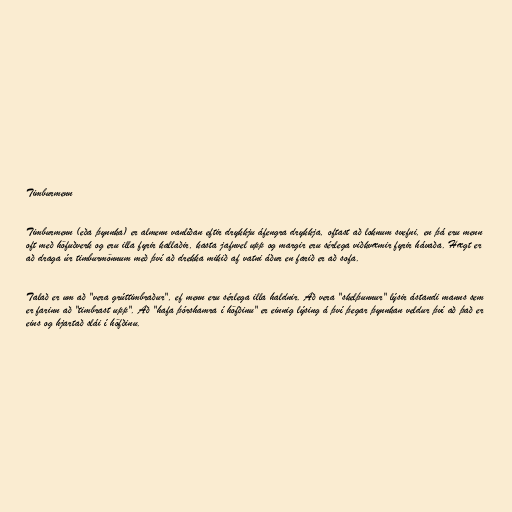
Timburmenn

Timburmenn (eða þynnka) er almenn vanlíðan eftir drykkju áfengra drykkja, oftast að loknum svefni, en þá eru menn
oft með höfuðverk og eru illa fyrir kallaðir, kasta jafnvel upp og margir eru sérlega viðkvæmir fyrir hávaða. Hægt er
að draga úr timburmönnum með því að drekka mikið af vatni áður en farið er að sofa.

Talað er um að "vera grúttimbraður", ef menn eru sérlega illa haldnir. Að vera "skelþunnur" lýsir ástandi manns sem
er farinn að "timbrast upp". Að "hafa þórshamra í höfðinu" er einnig lýsing á því þegar þynnkan veldur því að það er
eins og hjartað slái í höfðinu.